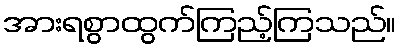
အားရစွာထွက်ကြည့်ကြသည်။